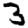
Digit: 3